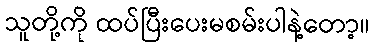
သူတို့ကို ထပ်ပြီးပေးမစမ်းပါနဲ့တော့။